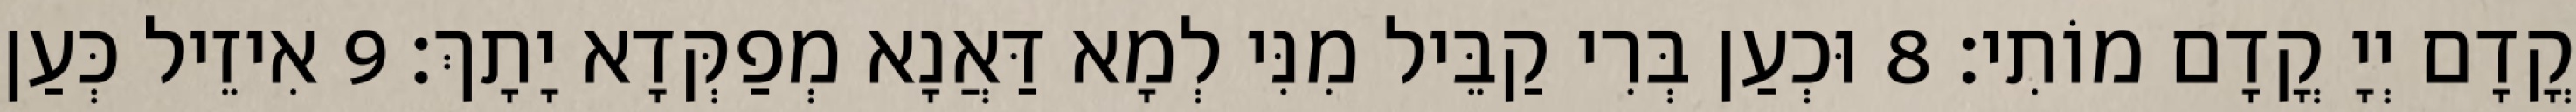
קֳדָם יְיָ קֳדָם מוֹתִי׃ 8 וּכְעַן בְּרִי קַבֵּיל מִנִּי לְמָא דַּאֲנָא מְפַקְּדָא יָתָךְ׃ 9 אִיזֵיל כְּעַן